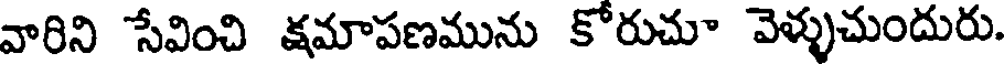
వారిని సేవించి క్షమాపణమును కోరుచూ వెళ్ళుచుందురు.